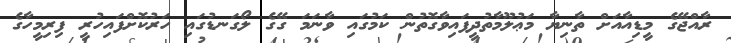
ރާއްޖޭގެ މީޑިއާއަށް ތާނިޔާ މަޢުލޫމާތުދީފައިވާގޮތުން ކަމުގައި ވާނަމަ ގޭގެ ލޯގަނޑުގައި ހަރުކޮށްފައިހުރީ ފިރިމީހާގެ